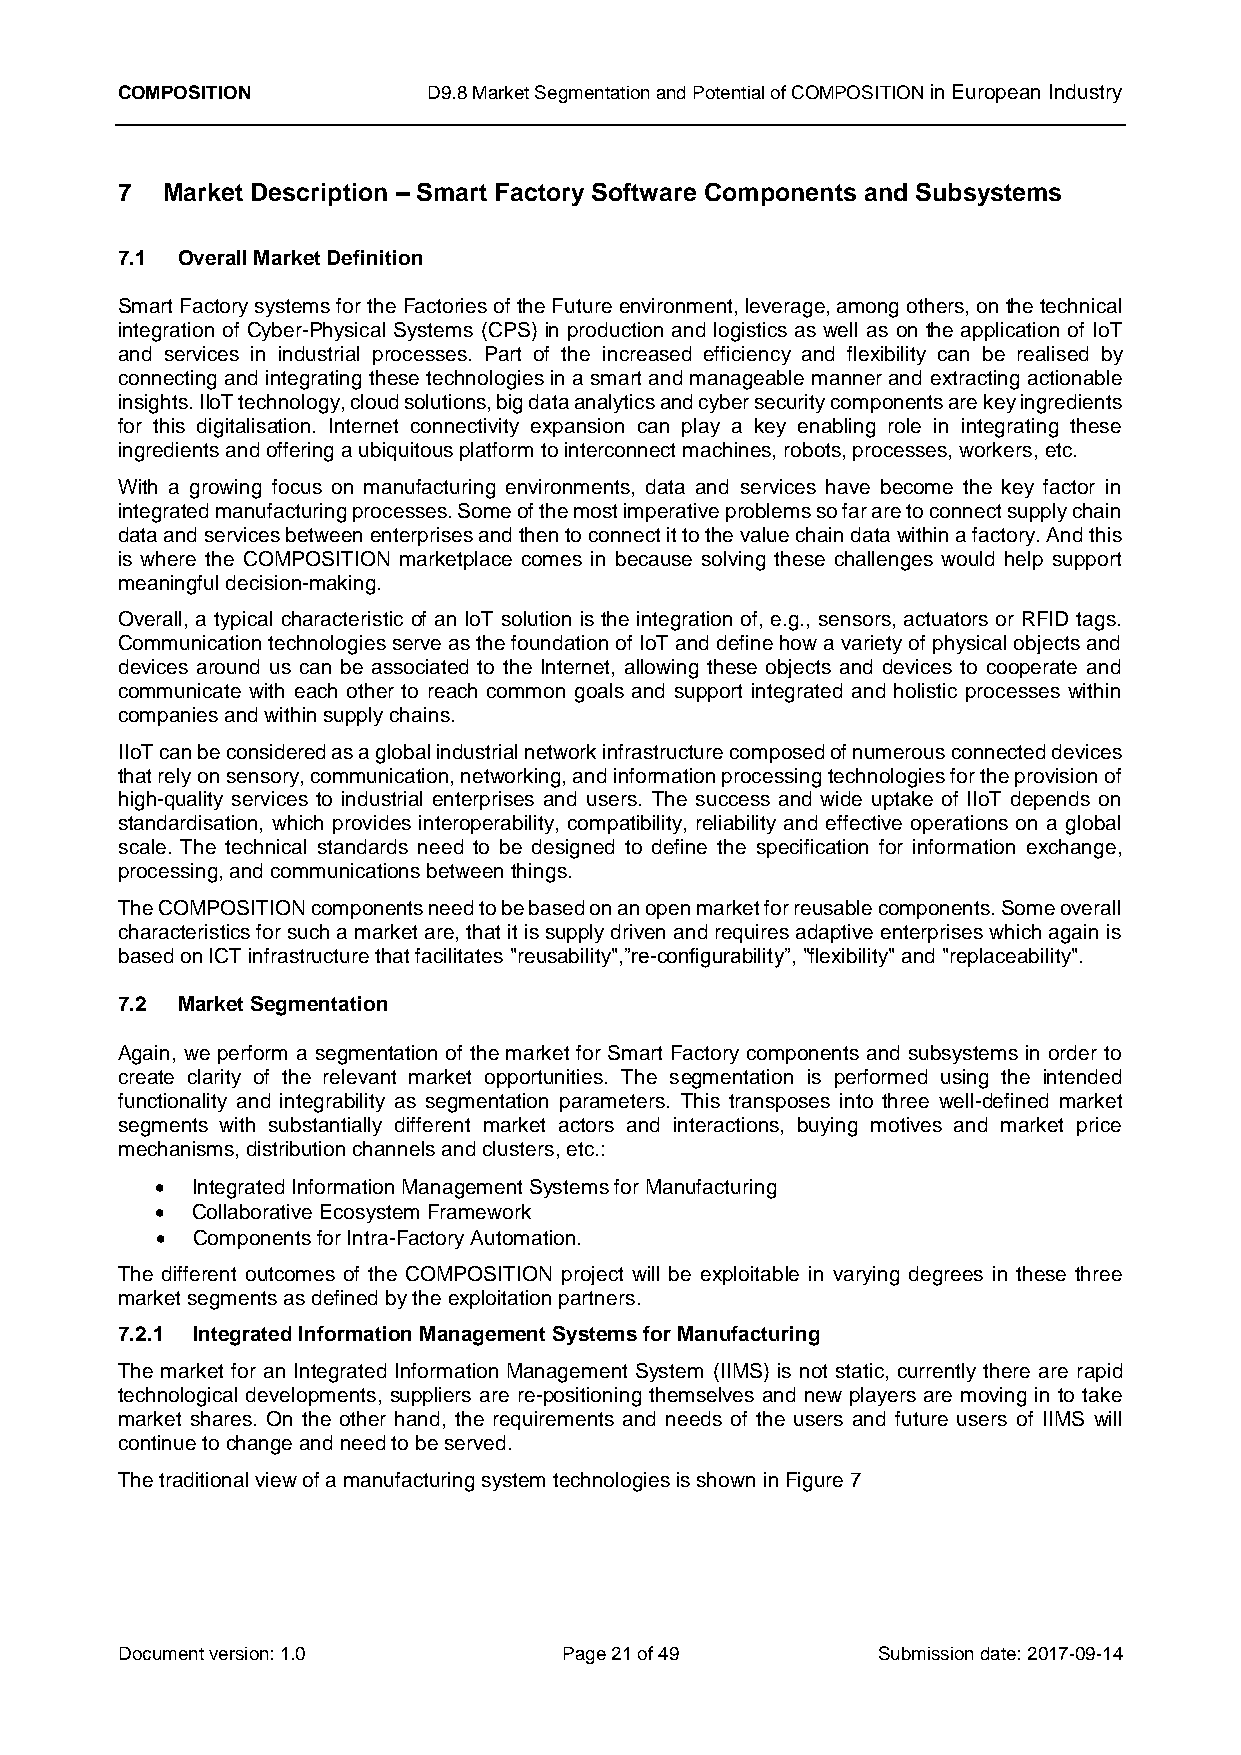
COMPOSITION         D9.8 Market Segmentation and Potential of COMPOSITION in European Industry
 7  Market Description – Smart Factory Software Components and Subsystems
 7.1 Overall Market Definition
 Smart Factory systems for the Factories of the Future environment, leverage, among others, on the technical
 integration of Cyber-Physical Systems (CPS) in production and logistics as well as on the application of IoT
 and services in industrial processes. Part of the increased efficiency and flexibility can be realised by
 connecting and integrating these technologies in a smart and manageable manner and extracting actionable
 insights. IIoT technology, cloud solutions, big data analytics and cyber security components are key ingredients
 for this digitalisation. Internet connectivity expansion can play a key enabling role in integrating these
 ingredients and offering a ubiquitous platform to interconnect machines, robots, processes, workers, etc.
 With a growing focus on manufacturing environments, data and services have become the key factor in
 integrated manufacturing processes. Some of the most imperative problems so far are to connect supply chain
 data and services between enterprises and then to connect it to the value chain data within a factory. And this
 is where the COMPOSITION marketplace comes in because solving these challenges would help support
 meaningful decision-making.
 Overall, a typical characteristic of an IoT solution is the integration of, e.g., sensors, actuators or RFID tags.
 Communication technologies serve as the foundation of IoT and define how a variety of physical objects and
 devices around us can be associated to the Internet, allowing these objects and devices to cooperate and
 communicate with each other to reach common goals and support integrated and holistic processes within
 companies and within supply chains.
 IIoT can be considered as a global industrial network infrastructure composed of numerous connected devices
 that rely on sensory, communication, networking, and information processing technologies for the provision of
 high-quality services to industrial enterprises and users. The success and wide uptake of IIoT depends on
 standardisation, which provides interoperability, compatibility, reliability and effective operations on a global
 scale. The technical standards need to be designed to define the specification for information exchange,
 processing, and communications between things.
 The COMPOSITION components need to be based on an open market for reusable components. Some overall
 characteristics for such a market are, that it is supply driven and requires adaptive enterprises which again is
 based on ICT infrastructure that facilitates "reusability",”re-configurability”, "flexibility" and "replaceability".
 7.2 Market Segmentation
 Again, we perform a segmentation of the market for Smart Factory components and subsystems in order to
 create clarity of the relevant market opportunities. The segmentation is performed using the intended
 functionality and integrability as segmentation parameters. This transposes into three well-defined market
 segments with substantially different market actors and interactions, buying motives and market price
 mechanisms, distribution channels and clusters, etc.:
   Integrated Information Management Systems for Manufacturing
   Collaborative Ecosystem Framework
   Components for Intra-Factory Automation.
 The different outcomes of the COMPOSITION project will be exploitable in varying degrees in these three
 market segments as defined by the exploitation partners.
 7.2.1 Integrated Information Management Systems for Manufacturing
 The market for an Integrated Information Management System (IIMS) is not static, currently there are rapid
 technological developments, suppliers are re-positioning themselves and new players are moving in to take
 market shares. On the other hand, the requirements and needs of the users and future users of IIMS will
 continue to change and need to be served.
 The traditional view of a manufacturing system technologies is shown in Figure 7
 Document version: 1.0        Page 21 of 49        Submission date: 2017-09-14